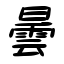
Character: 曇